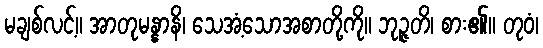
မချစ်လင့်။ အာတုမန္နာနိ၊ သေအံ့သောအစာတို့ကို။ ဘုဉ္ဇတိ၊ စား၏။ တုဝံ၊